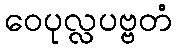
ဝေပုလ္လပဗ္ဗတံ